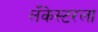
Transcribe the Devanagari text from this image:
लँकेस्टरला